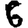
Digit: 6